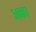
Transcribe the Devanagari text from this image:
अनघ